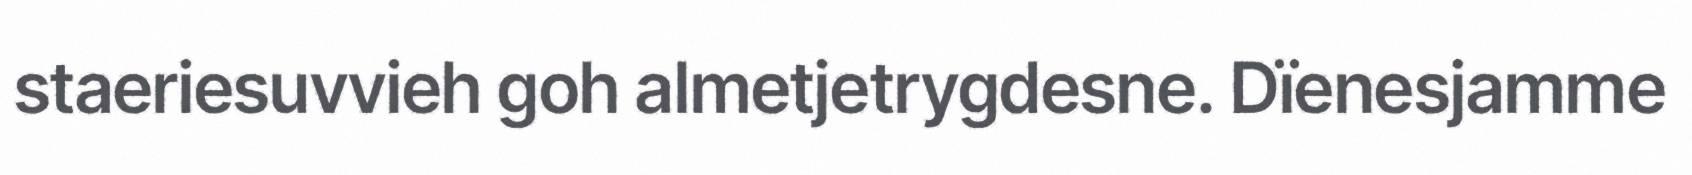
staeriesuvvieh goh almetjetrygdesne. Dïenesjamme